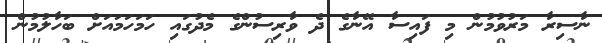
ނާސިރާ މަރުވުމުން މި ފައިސާ އޭނާގެ ދެ ވާރިސުންގެ މެދުގައި ހަމަހަމައަށް ބަހާލުމުން